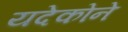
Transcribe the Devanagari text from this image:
यदेकोने